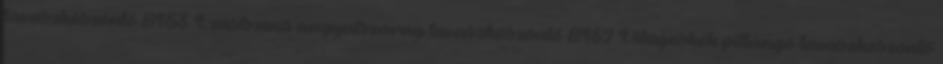
tavaszköszöntő 8153 Ezüstszínű angyalszárny tavaszköszöntő 8152 Világoskék pillangó tavaszköszöntő